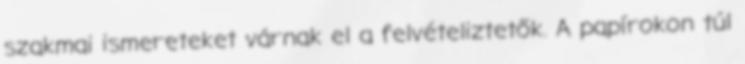
szakmai ismereteket várnak el a felvételiztetők. A papírokon túl